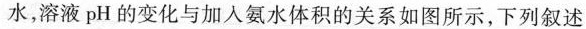
水，溶液pH的变化与加入氨水体积的关系如图所示，下列叙述